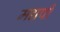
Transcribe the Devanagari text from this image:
मद्यपी